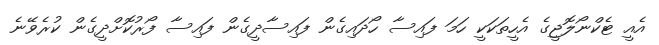
އެއީ ޓެކްނޯލޮޖީގެ އެހީތަކަކީ ހަމަ ފައިސާ ހޯދައިގެން ފައިސާދީގެން ފައިސާ ފޯރުކޮށްދީގެން ކުރެވޭނެ